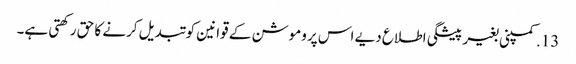
13. کمپنی بغیر پیشگی اطلاع دیے اس پروموشن کے قوانین کو تبدیل کرنے کا حق رکھتی ہے۔